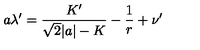
a \lambda ^ { \prime } = \frac { K ^ { \prime } } { \sqrt { 2 } | a | - K } - \frac { 1 } { r } + \nu ^ { \prime }